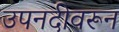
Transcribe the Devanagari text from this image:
उपनदीवरून